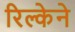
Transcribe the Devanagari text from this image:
रिल्केने